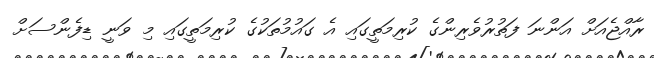
ރާއްޖެއަށް އަންނަ ފަތުރުވެރިންގެ ކުރިމަތީގައި އެ ގައުމުތަކުގެ ކުރިމަތީގައި މި ވަނީ ޑިފެންސަށް